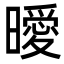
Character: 曖